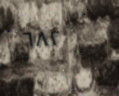
٦٨٢